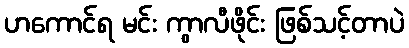
ဟကောင်ရ မင်း ကွာလီဖိုင်း ဖြစ်သင့်တာပဲ